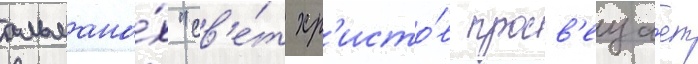
альмана́х "св'е́т хр'исто́в просв'еща́ет